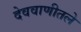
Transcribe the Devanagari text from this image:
देववाणीतले